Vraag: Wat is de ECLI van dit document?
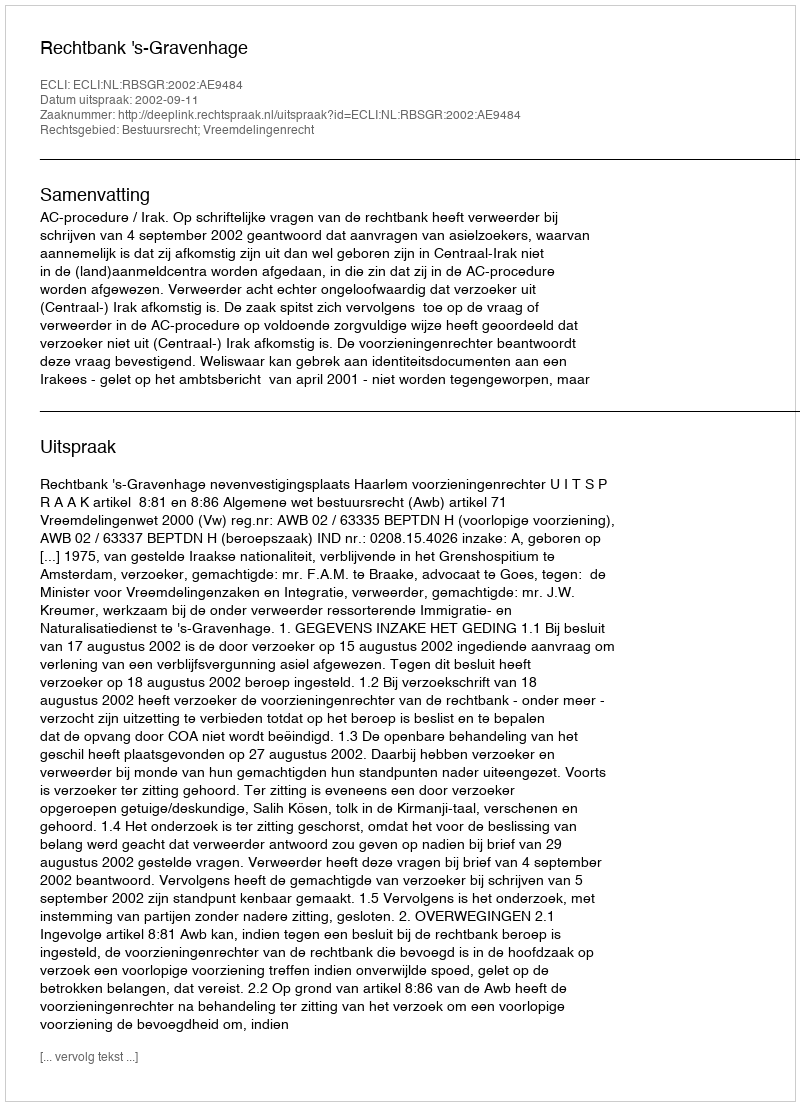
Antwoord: ECLI:NL:RBSGR:2002:AE9484